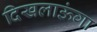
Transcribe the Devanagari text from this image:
दिखलाऊंगा